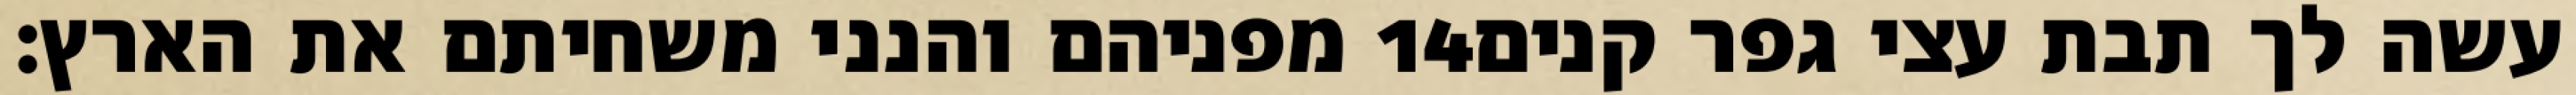
מפניהם והנני משחיתם את הארץ׃ ‎14‏ עשה לך תבת עצי גפר קנים